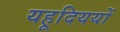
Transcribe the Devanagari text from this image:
यहूदिययों